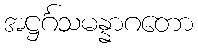
အဋ္ဌင်္ဂသမန္နာဂတော